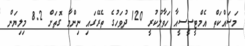
މަސައްކަތް އެމްޓީސީސީއާ ހަވާލުކުރީ 120 ދުވަހުގެ ތެރޭގައި ނިންމާ ގޮތަށް 8.2 މިލިޔަން